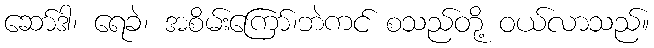
ဆော်ဒါ၊ ရေခဲ၊ အစိမ်းကြော်၊ဘဲကင် စသည်တို့ ဝယ်လာသည်။